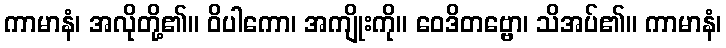
ကာမာနံ၊ အလိုတို့၏။ ဝိပါကော၊ အကျိုးကို။ ဝေဒိတဗ္ဗော၊ သိအပ်၏။ ကာမာနံ၊